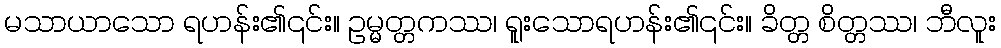
မသာယာသော ရဟန်း၏၎င်း။ ဥမ္မတ္တကဿ၊ ရူးသောရဟန်း၏၎င်း။ ခိတ္တ စိတ္တဿ၊ ဘီလူး